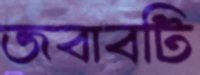
জবাবটি